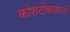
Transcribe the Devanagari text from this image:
कोशटीकाकारों